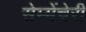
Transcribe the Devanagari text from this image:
सेम्मेंचेरी